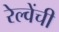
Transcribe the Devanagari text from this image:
रेल्वेंची